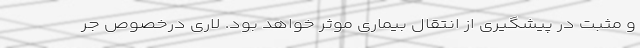
و مثبت در پیشگیری از انتقال بیماری موثر خواهد بود. لاری درخصوص جر